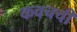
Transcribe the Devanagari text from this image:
कवचची